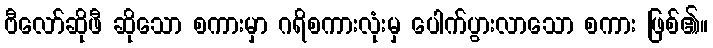
ဗီလော်ဆိုဖီ ဆိုသော စကားမှာ ဂရိစကားလုံးမှ ပေါက်ပွားလာသော စကား ဖြစ်၏။